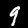
Label: 9